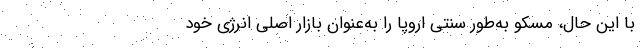
با این حال، مسکو به‌طور سنتی اروپا را به‌عنوان بازار اصلی انرژی خود